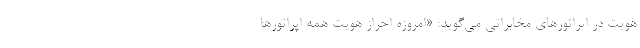
هویت در اپراتورهای مخابراتی می‌گوید: «امروزه احراز هویت همه اپراتورها